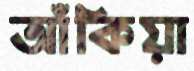
আঁকিয়া